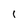
Character: 1